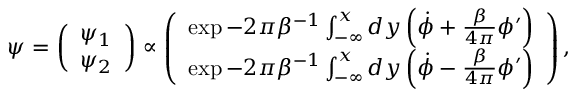
\psi = \left( \begin{array} { c } { { \psi _ { 1 } } } \\ { { \psi _ { 2 } } } \end{array} \right) \propto \left( \begin{array} { c } { { \exp - 2 \pi \beta ^ { - 1 } \int _ { - \infty } ^ { x } d y \left( \dot { \phi } + \frac { \beta } { 4 \pi } \phi ^ { \prime } \right) } } \\ { { \exp - 2 \pi \beta ^ { - 1 } \int _ { - \infty } ^ { x } d y \left( \dot { \phi } - \frac { \beta } { 4 \pi } \phi ^ { \prime } \right) } } \end{array} \right) ,